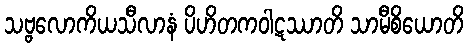
သဗ္ဗလောကိယသီလာနံ ပိဟိတကဝါဋဿာတိ သာမီစိယောတိ